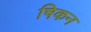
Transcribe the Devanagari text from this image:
षिकन